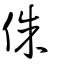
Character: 侏